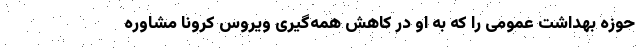
حوزه بهداشت عمومی را که به او در کاهش همه‌گیری ویروس کرونا مشاوره